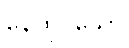
နေထိုင်သော